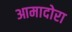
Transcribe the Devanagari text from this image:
आमादोरा